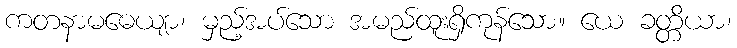
ကတနာမဓေယျာ၊ မှည့်အပ်သော အမည်ထူးရှိကုန်သော။ ယေ ခတ္တိယာ၊